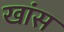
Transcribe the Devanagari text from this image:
खांस